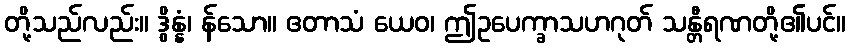
တို့သည်လည်း။ ဒွိန္နံ၊ န်သော။ ဧတာသံ ယေဝ၊ ဤဥပေက္ခာသဟဂုတ် သန္တီရဏတို့၏ပင်။